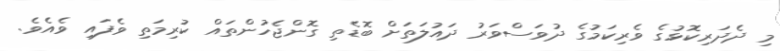
މި ދެދަރިކޮޅުގެ ވެރިކަމުގެ ދުވަސްވަރު ދައުލަތަށް ބޮޑެތި ގޮންޖެހުންތައް ކުރިމަތި ވެފައި ވެއެވެ.